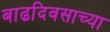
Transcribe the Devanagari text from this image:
बाढदिवसाच्या